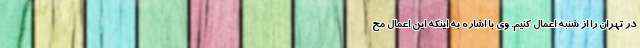
در تهران را از شنبه اعمال کنیم. وی با اشاره به اینکه این اعمال مح